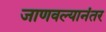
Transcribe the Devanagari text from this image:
जाणवल्यानंतर